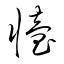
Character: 懥